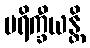
ပရိက္ခီယန္တိ